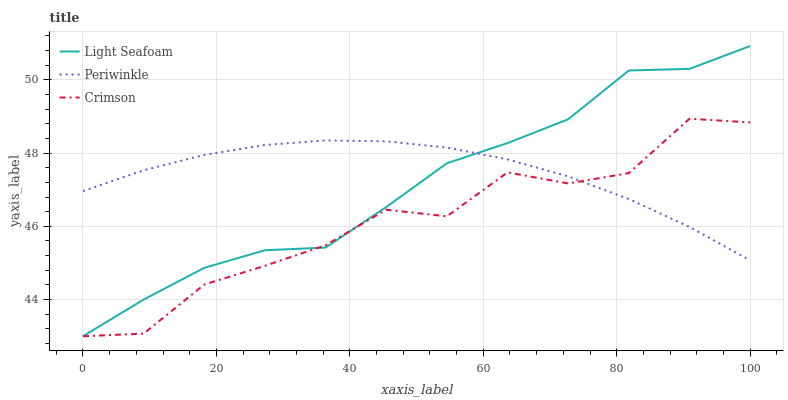
| xaxis_label | Light Seafoam | Periwinkle | Crimson |
 | --- | --- | --- | --- |
 | 0 | 43 | 47 | 43 |
 | 9.09 | 44 | 47.5 | 43.1 |
 | 18.2 | 44.9 | 47.9 | 44.4 |
 | 27.3 | 45.3 | 48.2 | 44.9 |
 | 36.4 | 45.4 | 48.3 | 45.5 |
 | 45.5 | 46.5 | 48.3 | 46.5 |
 | 54.5 | 47.7 | 48.1 | 46.3 |
 | 63.6 | 48.3 | 47.8 | 47.5 |
 | 72.7 | 48.9 | 47.4 | 47.2 |
 | 81.8 | 50.3 | 46.7 | 47.5 |
 | 90.9 | 50.3 | 46 | 48.9 |
 | 100 | 50.9 | 45.1 | 48.8 |